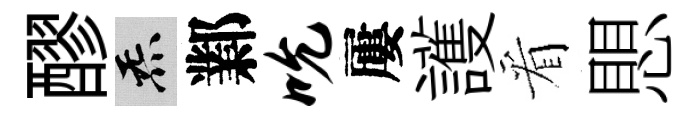
醪炁鄴吮屢護看愳